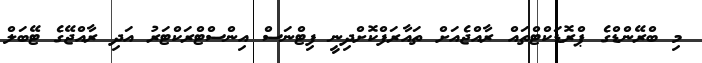
މި ބްރޭންޑްގެ ޕްރޮޑަކްޓްތައް ރާއްޖެއަށް ތައާރަފްކޮށްދިނީ ފިޓްނަސް އިންސްޓްރަކްޓަރު އަދި ރާއްޖޭގެ ޓޭބަލް